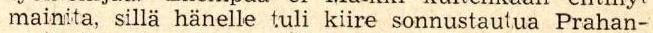
mainita, sillä hänelle tuli kiire sonnustautua Prahan-